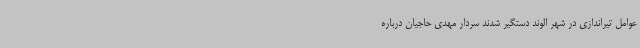
عوامل تیراندازی در شهر الوند دستگیر شدند سردار مهدی حاجیان درباره